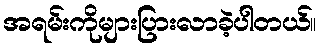
အရမ်းကိုများပြားလာခဲ့ပါတယ်။